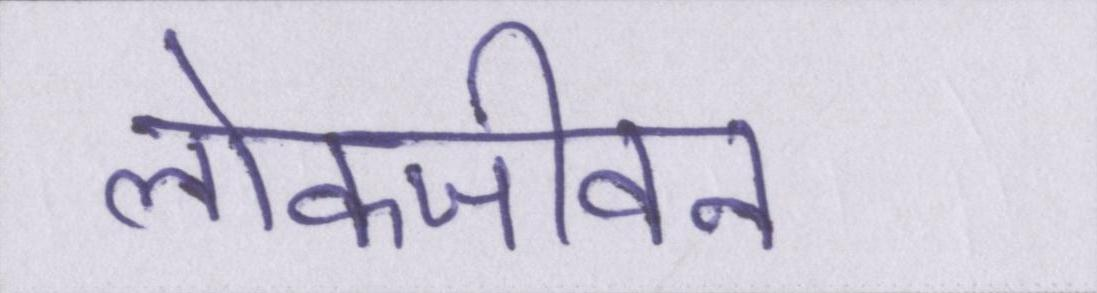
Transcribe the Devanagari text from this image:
लोकजीवन